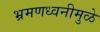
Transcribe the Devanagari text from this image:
भ्रमणध्वनीमुळे